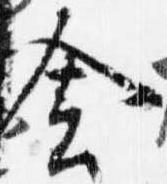
舎